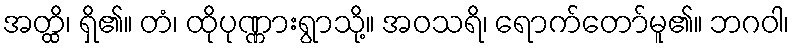
အတ္ထိ၊ ရှိ၏။ တံ၊ ထိုပုဏ္ဏားရွာသို့။ အဝသရိ၊ ရောက်တော်မူ၏။ ဘဂဝါ၊